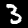
Digit: 3